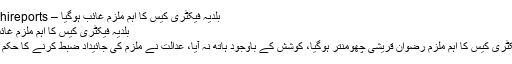
بلدیہ فیکٹری کیس کا اہم ملزم غائب ہوگیا – karachireports
بلدیہ فیکٹری کیس کا اہم ملزم غائب ہوگیا
بلدیہ فیکٹری کیس کا اہم ملزم رضوان قریشی چھومنتر ہوگیا، کوشش کے باوجود ہاتھ نہ آیا، عدالت نے ملزم کی جائیداد ضبط کرنے کا حکم دے دیا۔